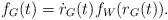
LaTeX: \begin{align*}f_G(t)=\dot{r}_G(t)f_W(r_G(t)).\end{align*}